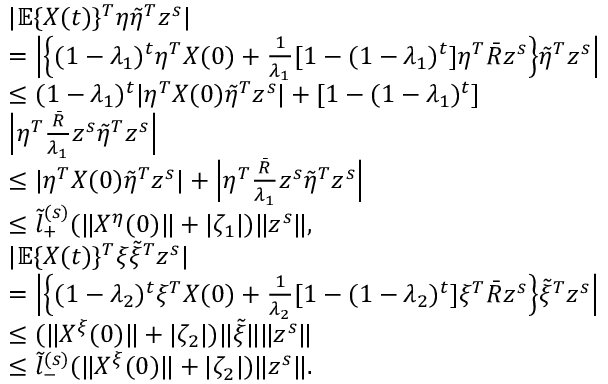
\begin{array} { r l } & { | \mathbb { E } \{ X ( t ) \} ^ { T } \eta \tilde { \eta } ^ { T } z ^ { s } | } \\ & { = \Big | \Big \{ ( 1 - \lambda _ { 1 } ) ^ { t } \eta ^ { T } X ( 0 ) + \frac { 1 } { \lambda _ { 1 } } [ 1 - ( 1 - \lambda _ { 1 } ) ^ { t } ] \eta ^ { T } \bar { R } z ^ { s } \Big \} \tilde { \eta } ^ { T } z ^ { s } \Big | } \\ & { \le ( 1 - \lambda _ { 1 } ) ^ { t } | \eta ^ { T } X ( 0 ) \tilde { \eta } ^ { T } z ^ { s } | + [ 1 - ( 1 - \lambda _ { 1 } ) ^ { t } ] } \\ & { \Big | \eta ^ { T } \frac { \bar { R } } { \lambda _ { 1 } } z ^ { s } \tilde { \eta } ^ { T } z ^ { s } \Big | } \\ & { \le | \eta ^ { T } X ( 0 ) \tilde { \eta } ^ { T } z ^ { s } | + \Big | \eta ^ { T } \frac { \bar { R } } { \lambda _ { 1 } } z ^ { s } \tilde { \eta } ^ { T } z ^ { s } \Big | } \\ & { \le \tilde { l } _ { + } ^ { ( s ) } ( \| X ^ { \eta } ( 0 ) \| + | \zeta _ { 1 } | ) \| z ^ { s } \| , } \\ & { | \mathbb { E } \{ X ( t ) \} ^ { T } \xi \tilde { \xi } ^ { T } z ^ { s } | } \\ & { = \Big | \Big \{ ( 1 - \lambda _ { 2 } ) ^ { t } \xi ^ { T } X ( 0 ) + \frac { 1 } { \lambda _ { 2 } } [ 1 - ( 1 - \lambda _ { 2 } ) ^ { t } ] \xi ^ { T } \bar { R } z ^ { s } \Big \} \tilde { \xi } ^ { T } z ^ { s } \Big | } \\ & { \le ( \| X ^ { \xi } ( 0 ) \| + | \zeta _ { 2 } | ) \| \tilde { \xi } \| \| z ^ { s } \| } \\ & { \le \tilde { l } _ { - } ^ { ( s ) } ( \| X ^ { \xi } ( 0 ) \| + | \zeta _ { 2 } | ) \| z ^ { s } \| . } \end{array}